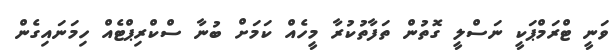
ވަނީ ޓްރަމްޕަކީ ނަސްލީ ގޮތުން ތަފާތުކުރާ މީހެއް ކަމަށް ބުނާ ސްކްރިޕްޓެއް ހިމަނައިގެން